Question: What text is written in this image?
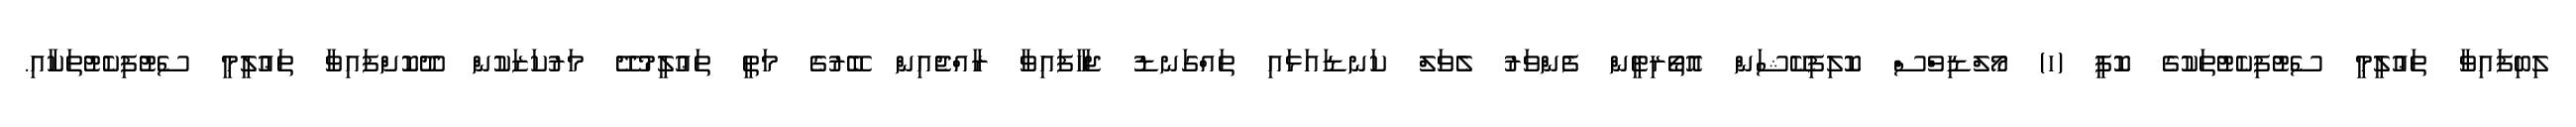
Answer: ލިބިފައިވާ ތަޢުލީމީ ސެޓުފިކެޓުތަކުގެ ކޮޕީ (ހ) މޯލްޑިވްސް ކޮލިފިކޭޝަން އޮތޯރިޓީން ފެންވަރު ލެވަލް ކަނޑައަޅައި ތައްގަނޑު ޖަހާފައިވާ ރާއްޖެއިން ބޭރުގެ މަތީ ތަޢުލީމުދޭ މަރުކަޒަކުން ދޫކޮށްފައިވާ ތަޢުލީމީ ސެޓުފިކެޓުތަކާއި.